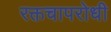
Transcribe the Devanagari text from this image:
रक्तचापरोधी